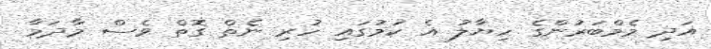
އަދި މެމްބަރުންގެ ހިޔާލު އެ ކަމުގައި ހުރި ނެތް ގޮތް ވެސް މާދަމާ